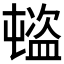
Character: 𥂉